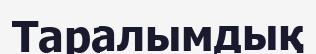
Таралымдық